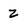
Character: Z